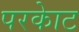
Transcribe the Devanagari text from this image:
परकाेट